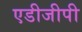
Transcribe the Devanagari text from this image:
एडीजीपी